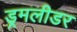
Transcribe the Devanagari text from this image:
ड्रमलीडर